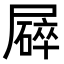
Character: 𡳥